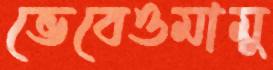
ভেবেওমামু